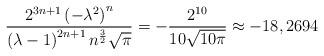
LaTeX: \begin{align*}\frac{2^{3n+1}\left( -\lambda ^{2}\right) ^{n}}{\left( \lambda -1\right)^{2n+1}n^{\frac{3}{2}}\sqrt{\pi }}=-\frac{2^{10}}{10\sqrt{10\pi }}\approx-18,2694\end{align*}